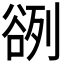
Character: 𰶓